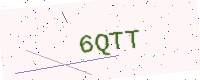
Text: 6QTT